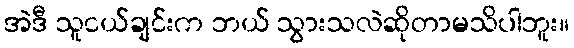
အဲဒီ သူငယ်ချင်းက ဘယ် သွားသလဲဆိုတာမသိပါဘူး။